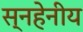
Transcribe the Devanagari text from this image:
स्नहेनीय